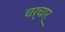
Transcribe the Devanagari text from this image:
चर्चार्